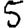
Digit: 5